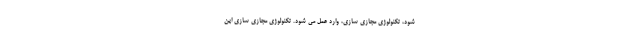
شود، تکنولوژی مجازی سازی، وارد عمل می شود. تکنولوژی مجازی سازی این